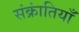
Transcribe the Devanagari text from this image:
संक्रांतियाँ